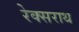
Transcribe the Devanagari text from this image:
रेक्सराथ